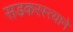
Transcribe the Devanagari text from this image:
सडकरस्त्याने